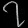
Digit: ၇